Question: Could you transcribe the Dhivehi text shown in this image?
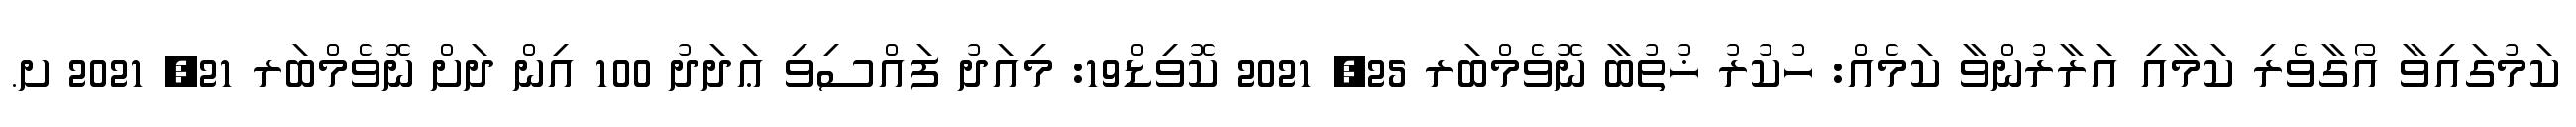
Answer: ކަމުގައިވާ އޯގާވެރި ކަމާއި އަރާރުންވާ ކަމެއް: ހުކުރު ޚުތުބާ ނޮވެމްބަރ 25, 2021 ކޮވިޑް19: މިއަދު ފައްސިވި ޢަދަދު 100 އިން ދަށް ނޮވެމްބަރ 21, 2021 ށ.